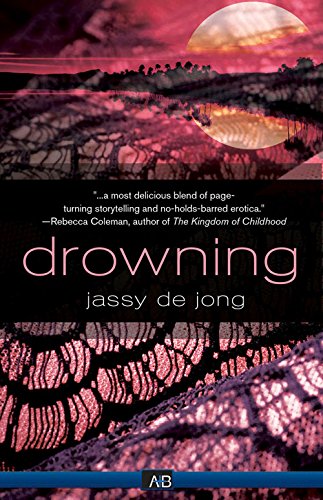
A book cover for Drowning; Jassy Makenzie; Romance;